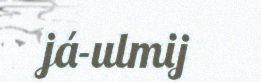
já-ulmij